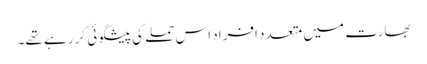
بھارت میں متعدد افراد اس حملے کی پیشگوئی کر رہے تھے۔